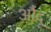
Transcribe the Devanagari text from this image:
औंदू